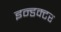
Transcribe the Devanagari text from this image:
इन्डक्टर